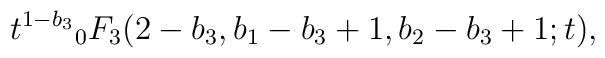
{t^{1-b_3}}_0F_3(2-b_3,b_1-b_3+1,b_2-b_3+1;t),